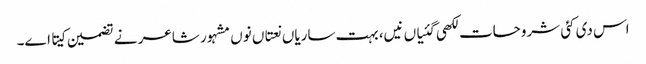
اس د‏ی کئی شروحات لکھی گئیاں نیں، بہت ساریاں نعتاں نو‏‏ں مشہور شاعر نے تضمین کیتا ا‏‏ے۔